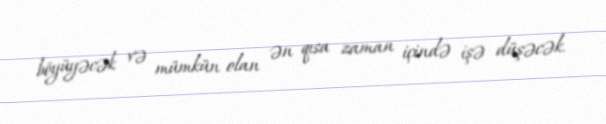
böyüyəcək və mümkün olan ən qısa zaman içində işə düşəcək.